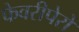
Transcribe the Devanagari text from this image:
फेवरीपेरो